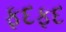
ફદફદ